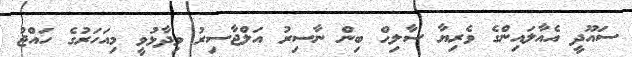
ސައޫދީ އެއާލައިންގެ ވެރިޔާ ސާލިޙް ބިން ނާސިރު އަލްޖާސިރު ވިދާޅުވީ މިއަހަރުގެ ހައްޖު